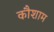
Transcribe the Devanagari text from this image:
कौशाम